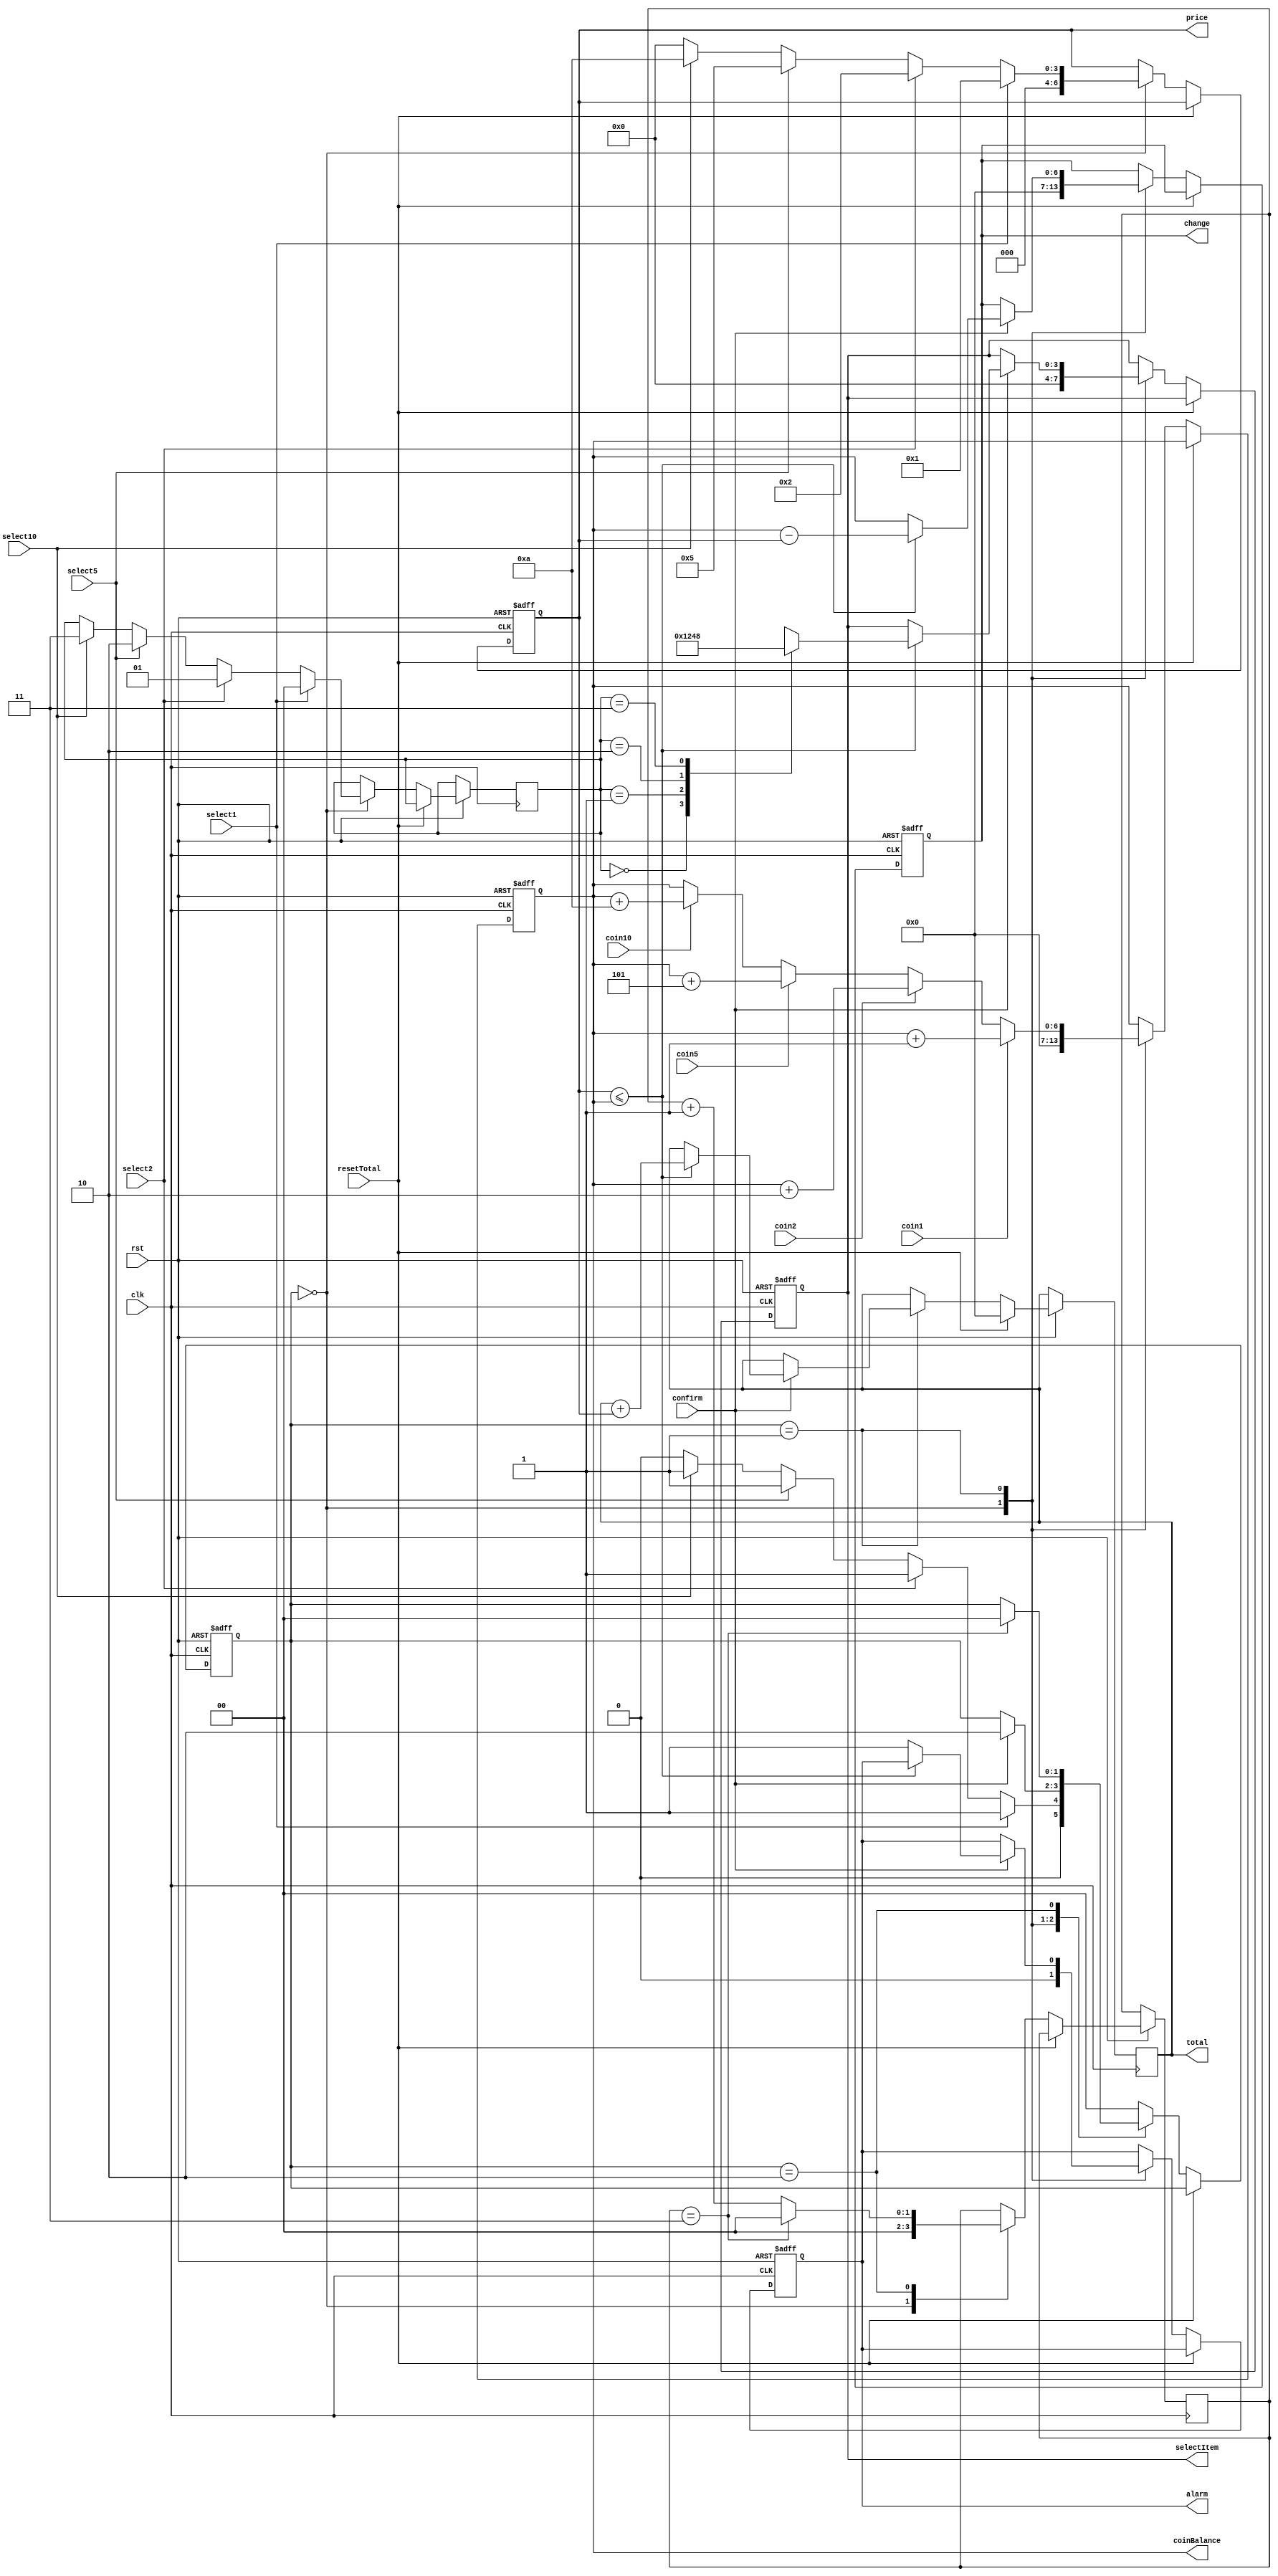
module ControlModule(
	input wire clk,
	input wire rst,
	//input wire [1:0] state,
	//input wire [3:0] price,
	//input wire [3:0] coinBalance,
	// input wire [1:0] selectedProduct,
	input wire coin1,
	input wire coin2,
	input wire coin5,
	input wire coin10,
	input wire select1,
	input wire select2,
	input wire select5,
	input wire select10,
	input wire confirm,
	input wire resetTotal,
	output reg[6:0] price,
	output reg[6:0] coinBalance,
	output reg[3:0] selectItem,
	output reg alarm,
	// output reg vendSuccess,
	output reg[6:0] change,
	output reg[6:0] total
);
	parameter UNSELECTED = 2'b00, SELECTED= 2'b01, WAIT_3SEC = 2'b10;
	// temp var
	reg[1:0] ITEM; // 0 -> 1  1 -> 2  2 -> 5  3 -> 10
	//reg [6:0] coinBalance_ ;
	//reg[6:0] change_;
	//reg[6:0] total_;
	reg[1:0] state = UNSELECTED;
	
	reg[1:0] counter = 0;
	
	always @(posedge clk or negedge rst)
	begin
		if(~rst)
		begin
			price <= 7'h0;
			//coinBalance_ <= 7'd0;
			alarm <= 1'b0;
			state <= UNSELECTED;
			coinBalance <= 7'b0;
			selectItem <= 7'b0;
			change <= 7'b0;
			//total <= 0;
		end
		else if(resetTotal)
		begin
			//total_ <= 7'b0;
			total <= 7'b0;
		end
		else
		begin
			case(state)
			UNSELECTED:
			begin
				// init
				price <= 7'b0;
				//coinBalance_ <= 7'b0;
				alarm <= 1'b0;
				state <= UNSELECTED;
				coinBalance <= 7'b0;
				selectItem <= 4'b0;
				change <= 7'b0;
				counter <= 0;
				// select
				if(select1)
				begin
					price <= 7'b0000001;
					state <= SELECTED; 
					ITEM <= 2'd0;
				end
				else if(select2)
				begin
					price <= 7'b0000010;
					state <= SELECTED; 
					ITEM <= 2'd1;
				end
				else if(select5)
				begin
					price <= 7'b0000101;
					state <= SELECTED; 
					ITEM <= 2'd2;
				end
				else if(select10)
				begin
					price <= 7'b0001010; 
					state <= SELECTED; 
					ITEM <= 2'd3;
				end
			end
			SELECTED:
			begin
				if(coin1)	
				begin 
					//coinBalance_ <= coinBalance_ + 1;
					coinBalance <= coinBalance + 1;
					//hexBCDconvertModule converter1(.hexNum(coinBalance), .hexBCD(coinBalance_BCD));
				end
				else if(coin2)	
				begin 
					//coinBalance_ <= coinBalance_ + 2;
					coinBalance <= coinBalance + 2;
					//hexBCDconvertModule converter2(.hexNum(coinBalance), .hexBCD(coinBalance_BCD));
				end
				else if(coin5)	
				begin 
					//coinBalance_ <= coinBalance_ + 5; 
					coinBalance <= coinBalance + 5;
					//hexBCDconvertModule converter3(.hexNum(coinBalance), .hexBCD(coinBalance_BCD));
				end
				else if(coin10)	
				begin 
					//coinBalance_ <= coinBalance_ + 10;
					coinBalance <= coinBalance + 10;
					//hexBCDconvertModule converter4(.hexNum(coinBalance), .hexBCD(coinBalance_BCD));
				end
				if(confirm)
				begin
					if(price <= coinBalance)
					begin
						//change_ <= coinBalance - price;
						//hexBCDconvertModule converter5(.hexNum(change), .hexBCD(change_BCD));
						total <= total + price;
						change <= coinBalance - price;
						//hexBCDconvertModule converter6(.hexNum(total), .hexBCD(total_BCD));
						//total <= total_;
						//change <= change_;
						case(ITEM)
							0: selectItem <= 4'b0001;
							1: selectItem <= 4'b0010;
							2: selectItem <= 4'b0100;
							3: selectItem <= 4'b1000;
						endcase
						//total <= total_;
						state <= WAIT_3SEC;
					end
					else
					begin
						change <= coinBalance;
						state <= WAIT_3SEC;
						alarm <= 1'b1;
						
						//selectItem <= selectItem & 4'b0000;
					end
				end
			end
			// time counter  3 sec
			WAIT_3SEC:
			begin
				if(~rst) counter <= 0;
				if(counter == 3)
				begin
					counter <= 0;
					if(~alarm)
						state <= UNSELECTED;
					else
					begin
						state <= UNSELECTED;
					end
				end
				else
					counter <= counter + 1;
			end
			default: state <= UNSELECTED;
			endcase
		end
	end
endmodule